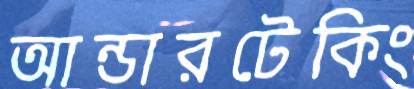
আন্ডারটেকিং